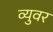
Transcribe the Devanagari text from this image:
व्युवर